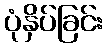
ပုံနှိပ်ခြင်း